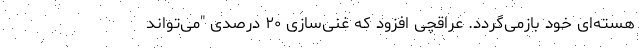
هسته‌ای خود بازمی‌گردد. عراقچی افزود که غنی‌سازی ۲۰ درصدی "می‌تواند